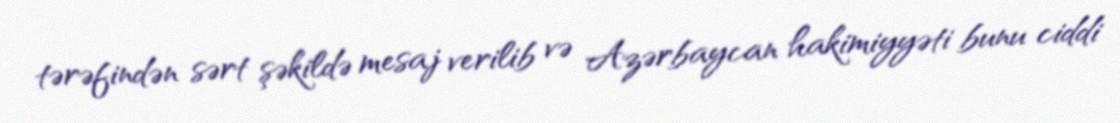
tərəfindən sərt şəkildə mesaj verilib və Azərbaycan hakimiyyəti bunu ciddi